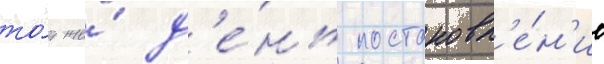
то́т же́ д'е́нь постановл'е́н'ие